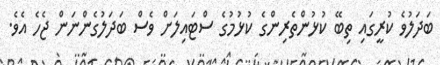
ބަދަލުވެ ކުރީގައި ތިބޭ ކުޅުންތެރިންގެ ކުޅުމުގެ ސްޓައިލަށް ވެސް ބަދަލުގެންނަން ޖެހެ އެވެ.